Scientific memoirs by medical officers of the Army of India - Part VII,
Year: 1892
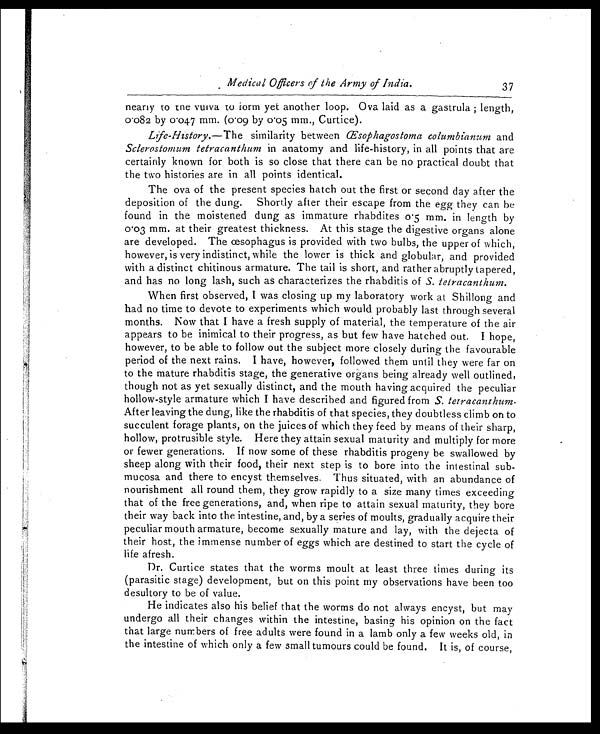
Medical Officers of the Army of India.
37
nearly to the vulva to form yet another loop. Ova laid as a gastrula ; length,
0.082 by 0.047 mm. (0.09 by 0.05 mm., Curtice).
Life-History. —The similarity between Œ sophagostoma columbianum and
Sclerostomum tetracanthum in anatomy and life-history, in all points that are
certainly known for both is so close that there can be no practical doubt that
the two histories are in all points identical.
The ova of the present species hatch out the first or second day after the
deposition of the dung. Shortly after their escape from the egg they can he
found in the moistened dung as immature rhabdites 0.5 mm. in length by
0.03 mm. at their greatest thickness. At this stage the digestive organs alone
are developed. The œsophagus is provided with two bulbs, the upper of which,
however, is very indistinct, while the lower is thick and globular, and provided
with a distinct chitinous armature. The tail is short, and rather abruptly tapered,
and has no long lash, such as characterizes the rhabditis of S. tetracanthum.
When first observed, I was closing up my laboratory work at Shillong and
had no time to devote to experiments which would probably last through several
months. Now that I have a fresh supply of material, the temperature of the air
appears to be inimical to their progress, as but few have hatched out. I hope,
however, to be able to follow out the subject more closely during the favourable
period of the next rains. I have, however, followed them until they were far on
to the mature rhabditis stage, the generative organs being already well outlined,
though not as yet sexually distinct, and the mouth having acquired the peculiar
hollow-style armature which I have described and figured from S. terracanthum.
After leaving the dung, like the rhabditis of that species, they doubtless climb on to
succulent forage plants, on the juices of which they feed by means of their sharp,
hollow, protrusible style. Here they attain sexual maturity and multiply for more
or fewer generations. If now some of these rhabditis progeny be swallowed by
sheep along with their food, their next step is to bore into the intestinal sub-
mucosa and there to encyst themselves. Thus situated, with an abundance of
nourishment all round them, they grow rapidly to a size many times exceeding
that of the free generations, and, when ripe to attain sexual maturity, they bore
their way back into the intestine, and, by a series of moults, gradually acquire their
peculiar mouth armature, become sexually mature and lay, with the dejecta of
their host, the immense number of eggs which are destined to start the cycle of
life afresh.
Dr. Curtice states that the worms moult at least three times during its
(parasitic stage) development, but on this point my observations have been too
desultory to be of value.
He indicates also his belief that the worms do not always encyst, but may
undergo all their changes within the intestine, basing his opinion on the fact
that large numbers of free adults were found in a lamb only a few weeks old, in
the intestine of which only a few small tumours could be found. It is, of course,